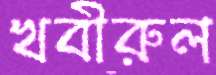
খবীরুল